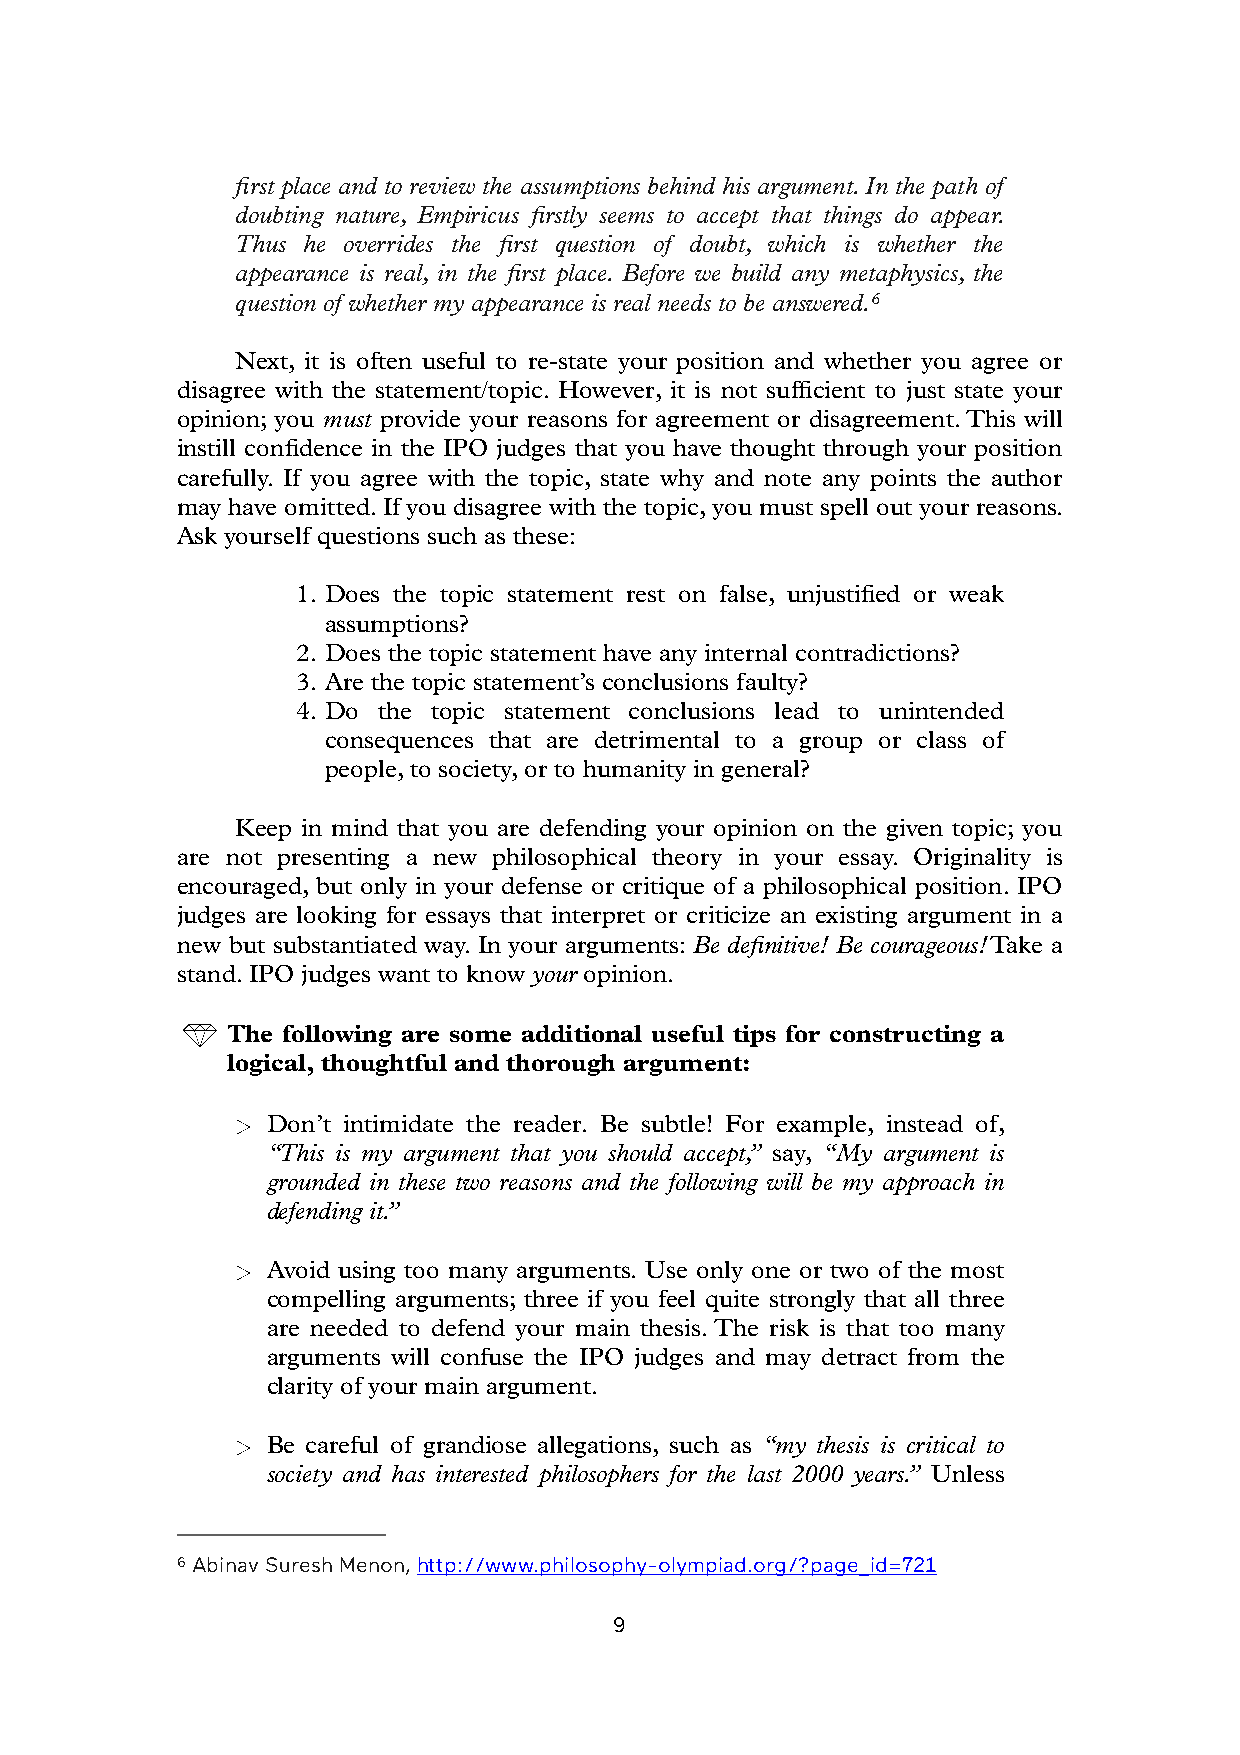
first place and to review the assumptions behind his argument. In the path of
 doubting nature, Empiricus firstly seems to accept that things do appear.
 Thus he overrides the first question of doubt, which is whether the
 appearance is real, in the first place. Before we build any metaphysics, the
 question of whether my appearance is real needs to be answered.6
 Next, it is often useful to re-state your position and whether you agree or
 disagree with the statement/topic. However, it is not sufficient to just state your
 opinion; you must provide your reasons for agreement or disagreement. This will
 instill confidence in the IPO judges that you have thought through your position
 carefully. If you agree with the topic, state why and note any points the author
 may have omitted. If you disagree with the topic, you must spell out your reasons.
 Ask yourself questions such as these:
 1. Does the topic statement rest on false, unjustified or weak
 assumptions?
 2. Does the topic statement have any internal contradictions?
 3. Are the topic statement’s conclusions faulty?
 4. Do the topic statement conclusions lead to unintended
 consequences that are detrimental to a group or class of
 people, to society, or to humanity in general?
 Keep in mind that you are defending your opinion on the given topic; you
 are not presenting a new philosophical theory in your essay. Originality is
 encouraged, but only in your defense or critique of a philosophical position. IPO
 judges are looking for essays that interpret or criticize an existing argument in a
 new but substantiated way. In your arguments: Be definitive! Be courageous! Take a
 stand. IPO judges want to know your opinion.
 The following are some additional useful tips for constructing a
 logical, thoughtful and thorough argument:
 Don’t intimidate the reader. Be subtle! For example, instead of,
 “This is my argument that you should accept,” say, “My argument is
 grounded in these two reasons and the following will be my approach in
 defending it.”
 Avoid using too many arguments. Use only one or two of the most
 compelling arguments; three if you feel quite strongly that all three
 are needed to defend your main thesis. The risk is that too many
 arguments will confuse the IPO judges and may detract from the
 clarity of your main argument.
 Be careful of grandiose allegations, such as “my thesis is critical to
 society and has interested philosophers for the last 2000 years.” Unless
 6 Abinav Suresh Menon, http://www.philosophy-olympiad.org/?page_id=721
 9